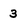
Character: 3